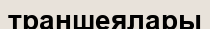
траншеялары